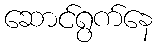
ဆောင်ရွက်နေ